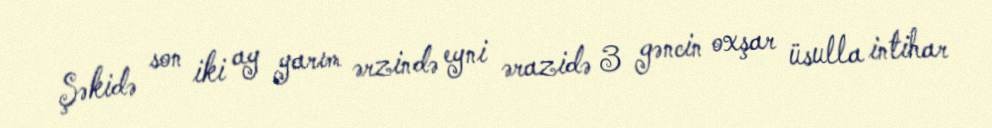
Şəkidə son iki ay yarım ərzində eyni ərazidə 3 gəncin oxşar üsulla intihar